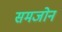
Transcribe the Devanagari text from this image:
समजोन